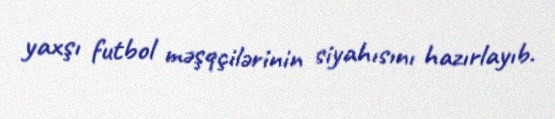
yaxşı futbol məşqçilərinin siyahısını hazırlayıb.